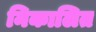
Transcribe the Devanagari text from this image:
निकालित